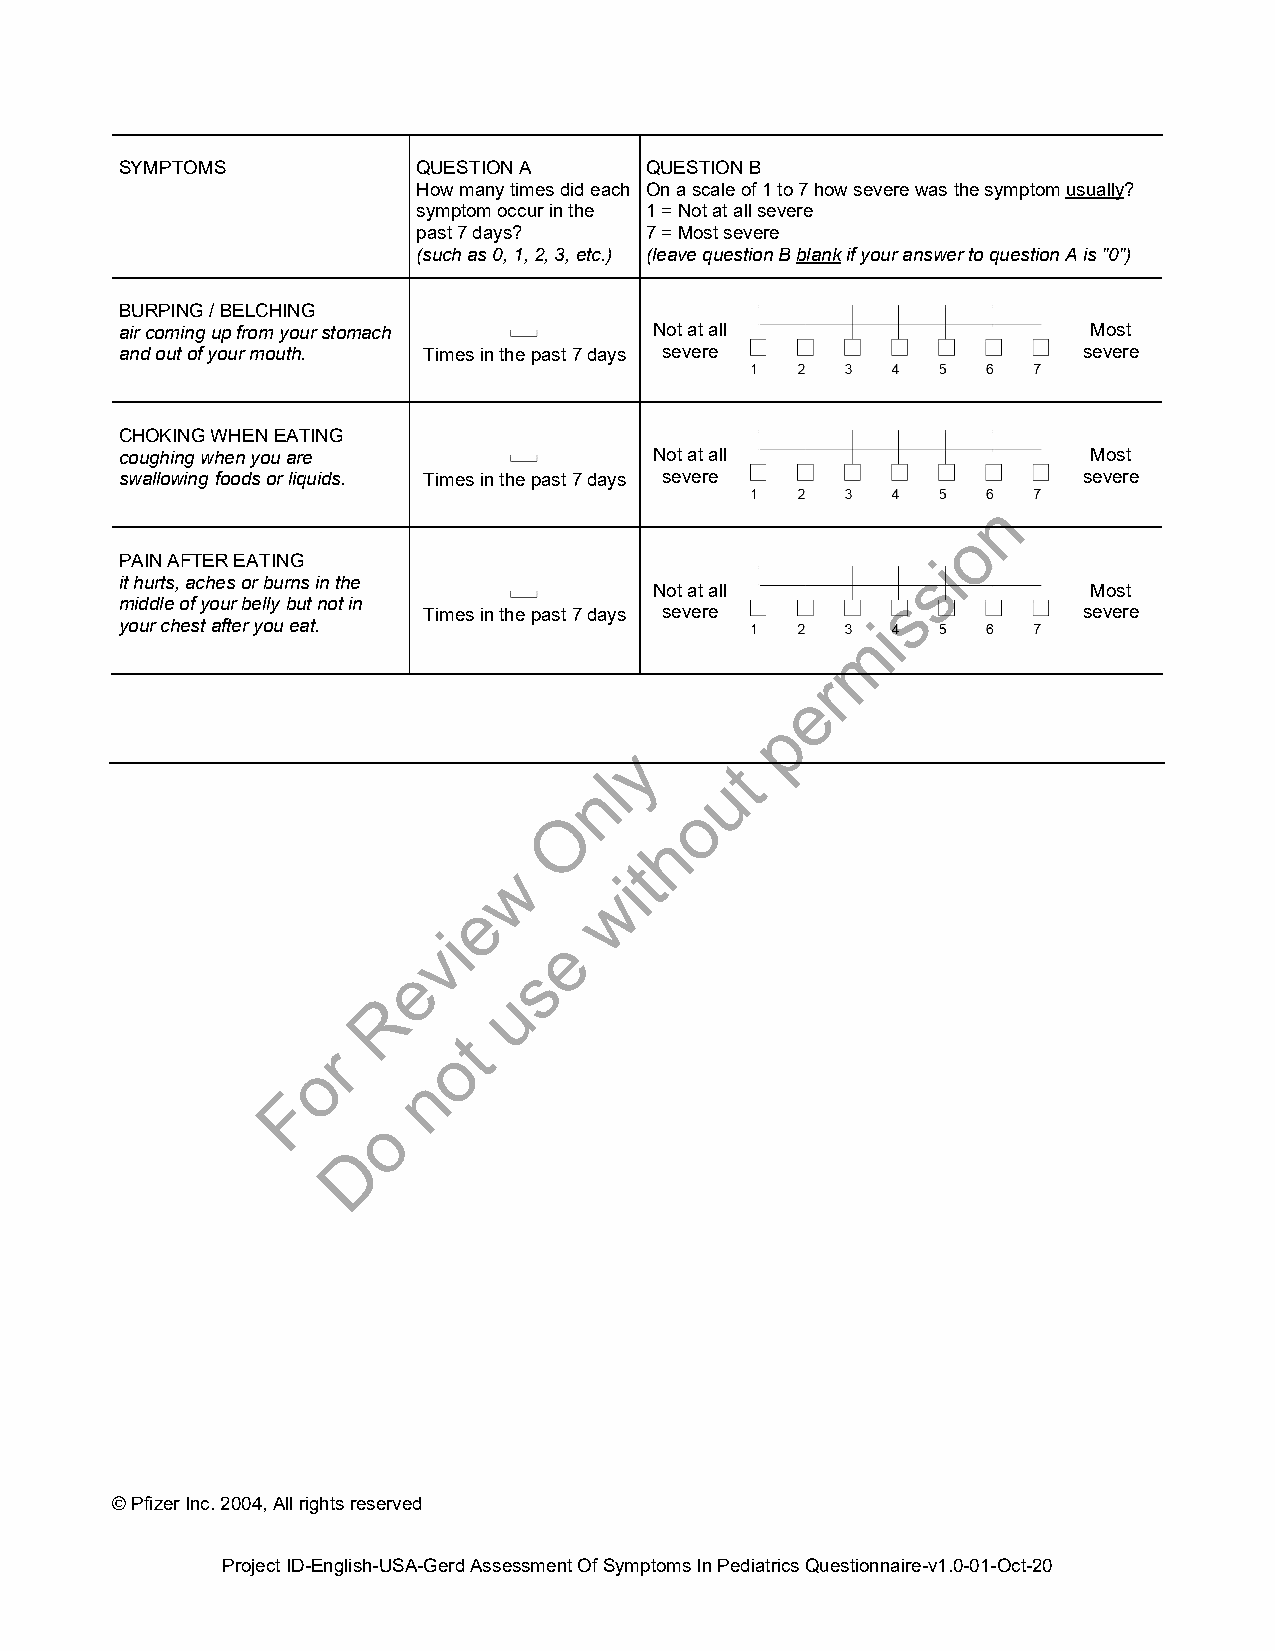
SYMPTOMS            QUESTION A     QUESTION B
 How many times did each On a scale of 1 to 7 how severe was the symptom usually?
 symptom occur in the 1 = Not at all severe
 past 7 days?   7 = Most severe
 (such as 0, 1, 2, 3, etc.) (leave question B blank if your answer to question A is "0")
 BURPING / BELCHING
 air coming up from your stomach    Not at all                   Most
 and out of your mouth. Times in the past 7 days severe          severe
 CHOKING WHEN EATING
 coughing when you are              Not at all                   Most
 swallowing foods or liquids. Times in the past 7 days severe    severe
 n
 o
 PAIN AFTER EATING                                     i
 s
 it hurts, aches or burns in the
 Not at all      s            Most
 middle of your belly but not in
 your chest after you eat. Times in the past 7 days severe mi    severe
 r
 e
 p
 y
 t
 l      u
 n
 o
 O
 h
 w        t
 i
 w
 e
 i
 v        e
 e       s
 R       u
 t
 r       o
 o
 n
 F
 o
 D
 © Pfizer Inc. 2004, All rights reserved
 Project ID-English-USA-Gerd Assessment Of Symptoms In Pediatrics Questionnaire-v1.0-01-Oct-20